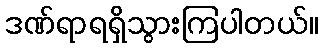
ဒဏ်ရာရရှိသွားကြပါတယ်။